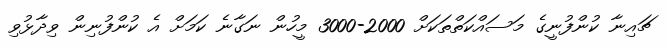
ޗައިނާ ކުންފުނީގެ މަސައްކަތްތަކަށް 2000-3000 މީހުން ނަގާނެ ކަމަށް އެ ކުންފުނިން ވިދާޅުވި